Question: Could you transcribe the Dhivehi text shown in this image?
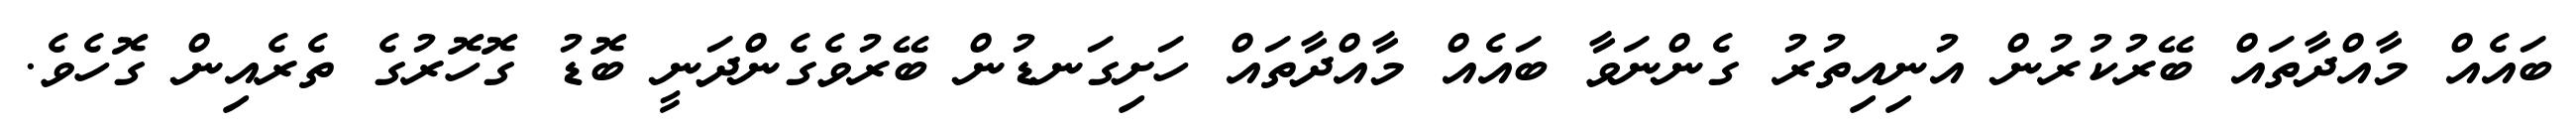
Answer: ބައެއް މާއްދާތައް ބޭރުކުރުން އުނިއިތުރު ގެންނަވާ ބައެއް މާއްދާތައް ހަށިގަނޑުން ބޭރުވެގެންދަނީ ބޮޑު ގޮހޮރުގެ ތެރެއިން ގޮހެވެ.